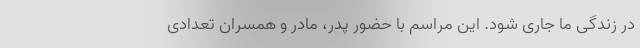
در زندگی ما جاری شود. این مراسم با حضور پدر، مادر و همسران تعدادی